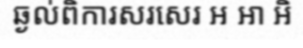
ឆ្ងល់ពិការសរសេរ អ អា អិ